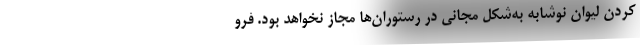
کردن لیوان نوشابه به‌شکل مجانی در رستوران‌ها مجاز نخواهد بود. فرو